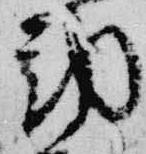
邦